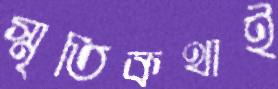
স্মৃতিকথাই